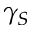
\gamma _ { S }